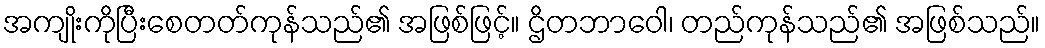
အကျိုးကိုပြီးစေတတ်ကုန်သည်၏ အဖြစ်ဖြင့်။ ဌိတဘာဝေါ၊ တည်ကုန်သည်၏ အဖြစ်သည်။